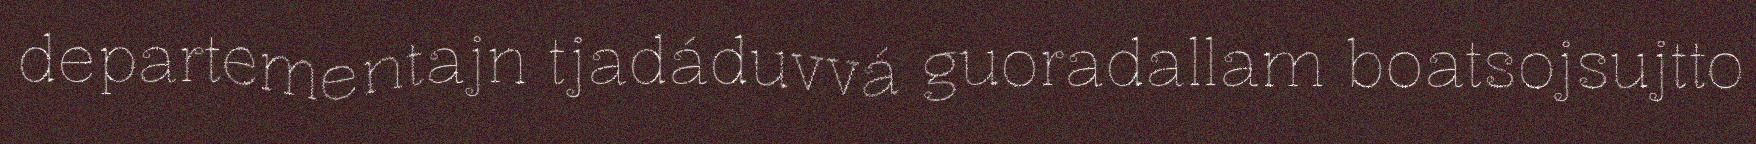
departementajn tjadáduvvá guoradallam boatsojsujtto